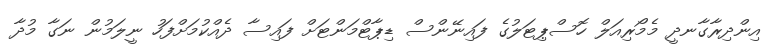
އިންދިރާގާނދީ މެމޯރިއަލް ހޮސްޕިޓަލުގެ ފައިނޭންސް ޑިޕާޓްމަންޓަށް ފައިސާ ދެއްކުމަށްފަހު ނީލަމުން ނަގާ މުދާ